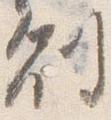
副